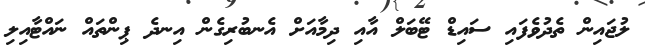
ލުޖައިން ތެދުވެފައި ސައިޑް ޓޭބަލް އާއި ދިމާއަށް އެނބުރިގެން އިނދެ ޕިންތައް ނައްޓާއިލި